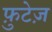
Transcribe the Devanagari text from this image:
फ़ुटेज़